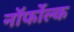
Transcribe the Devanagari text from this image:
नॉर्फोल्क